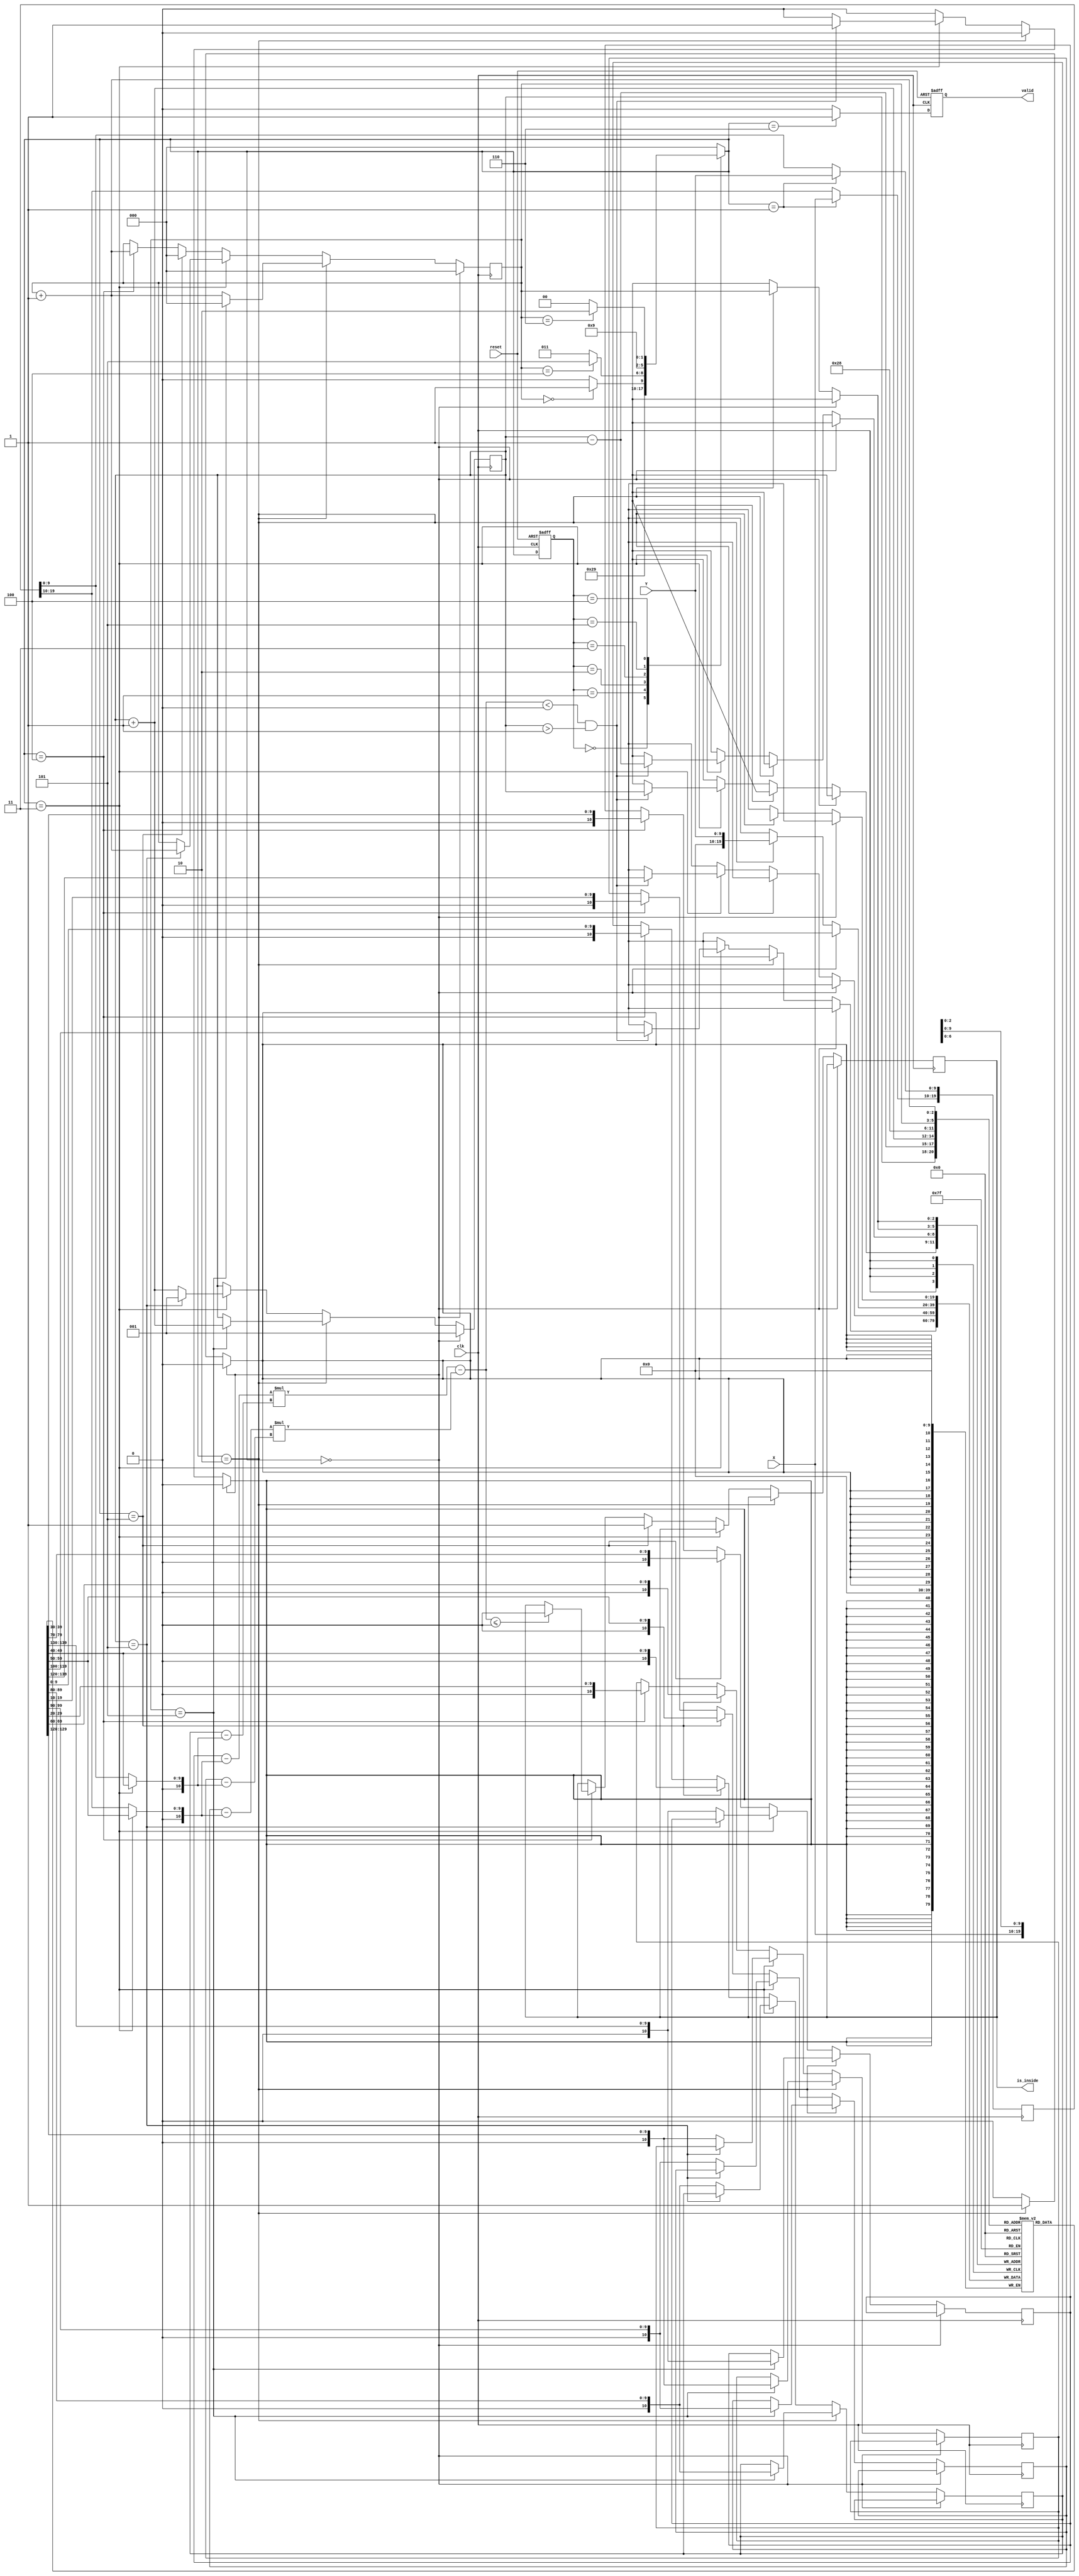
module geofence ( clk,reset,X,Y,valid,is_inside);
input clk;
input reset;
input [9:0] X;
input [9:0] Y;
output reg valid;
output reg is_inside;
reg [2:0]current_state;
reg [2:0]next_state;
reg [19:0]receiver[5:0];//bit 19~10xbit 9~0y
reg [19:0]object;
reg [2:0]counter;
reg [2:0]sort_index;
wire[2:0]sort_index_plus;
wire[2:0]counter_plus;
wire[2:0]sort_index_minus;
assign counter_plus = counter+1;
assign sort_index_plus = sort_index+1;
assign sort_index_minus = sort_index-1;
reg signed  [10:0]A_x,A_y,B_x,B_y;
reg signed [10:0]k1,k2;
wire signed [10:0]t1,t2,t3,t4;
assign t1 = A_x- k1;
assign t2 = B_y - k2;
assign t3 = B_x - k1;
assign t4 = A_y - k2;
wire signed [20:0]cross_result;
assign cross_result = (t1*t2) - (t3*t4);
parameter idle = 0;
parameter read_object = 1;
parameter read_receiver = 2;
parameter sort = 3;
parameter compare = 4;
parameter ready_to_compare = 5;
parameter finish = 6;
parameter temp = 7;
always @(*)
begin
    if(next_state ==sort)
    begin
        k1 = receiver[0][19:10];
        k2 = receiver[0][9:0];
    end
    else
    begin
        k1 = object[19:10];
        k2 = object[9:0];
    end   
end
always @(*) 
begin
    case(current_state)
    idle:
        next_state = read_object;
    read_object:
        next_state = read_receiver;
    read_receiver:
        if(counter==0)next_state = sort;
        else next_state = read_receiver;
    sort:
        if(counter==4) next_state = ready_to_compare;
        else next_state = sort;
    ready_to_compare:
        next_state = compare;
    compare:
        if(counter==6) next_state = finish;
        else next_state = compare;
    finish:
        next_state = idle;
    default:
        next_state = idle;
    endcase
end
always @(posedge clk)
begin
    if(next_state ==idle)
    begin
        counter<=0;
        sort_index<=1;
    end
    else if(next_state==read_receiver)
    begin
        receiver[counter][19:10]<=X;
        receiver[counter][9:0]<=Y;
        if(counter==5)
        begin
            A_x<=receiver[sort_index][19:10];
            A_y<=receiver[sort_index][9:0];
            B_x<=receiver[sort_index_plus][19:10];
            B_y<=receiver[sort_index_plus][9:0];//sort_index==1
            counter<=0;
            sort_index<=sort_index_plus;
        end
        else
            counter<=counter_plus;
    end
    else if(next_state == sort)
    begin
        if(cross_result < 0 && sort_index > 1) //swap1->5
        begin
            receiver[sort_index_minus]<=receiver[sort_index];
            receiver[sort_index]<=receiver[sort_index_minus];
        end
        if(sort_index==5)
        begin
            sort_index<=1;
            counter<=counter_plus;
        end
        else
        begin
            A_x<=receiver[sort_index][19:10];
            A_y<=receiver[sort_index][9:0];
            B_x<=receiver[sort_index_plus][19:10];
            B_y<=receiver[sort_index_plus][9:0];
            sort_index<=sort_index_plus;
        end
    end
    else if(next_state==ready_to_compare)
    begin
        is_inside<=1;
        counter<=0;
        A_x<=receiver[5][19:10];
        A_y<=receiver[5][9:0];
        B_x<=receiver[0][19:10] ;
        B_y<=receiver[0][9:0];
    end
    else if(next_state==compare)
    begin
        counter<=counter_plus;
        if(cross_result<=0)
            is_inside<=0;
        A_x<=receiver[counter][19:10];
        A_y<=receiver[counter][9:0];
        B_x<=receiver[counter_plus][19:10];
        B_y<=receiver[counter_plus][9:0];
    end
end
always @(posedge clk) //object
begin
    if(next_state==read_object)
    begin
        object[19:10]<=X;
        object[9:0]<=Y;
    end
    else ;
end
always @(posedge clk or posedge reset)
begin
    if(reset) current_state<=idle;
    else current_state<=next_state;
end
always @(posedge clk or posedge reset) //valid
begin
    if(reset) valid = 0;
    else if(next_state==finish) valid = 1;
    else valid = 0;
end
endmodule